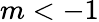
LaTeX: m<-1